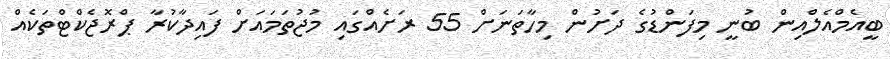
ބީއެމްއެލްއިން ބުނީ މިފަންޑުގެ ދަށުން މިހާތަނަށް 55 ރަށެއްގައި މުޖުތަމައަށް ފައިދާކުރާ ޕްރޮޖެކްޓްތަކެއް